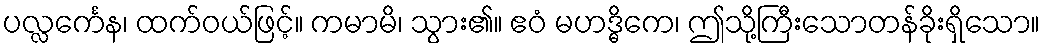
ပလ္လင်္ကေန၊ ထက်ဝယ်ဖြင့်။ ကမာမိ၊ သွား၏။ ဧဝံ မဟဒ္ဓိကေ၊ ဤသို့ကြီးသောတန်ခိုးရှိသော။